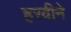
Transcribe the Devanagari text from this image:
हरवीने